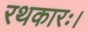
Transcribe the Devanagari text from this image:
रथकारः।